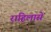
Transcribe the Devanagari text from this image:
राहिलासे